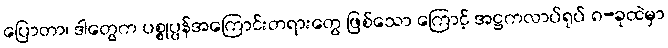
ပြောတာ၊ ဒါတွေက ပစ္စုပ္ပန်အကြောင်းတရားတွေ ဖြစ်သော ကြောင့် အဋ္ဌကလာပ်ရုပ် ၈-ခုထဲမှာ